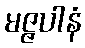
မဇ္ဇပါနံ